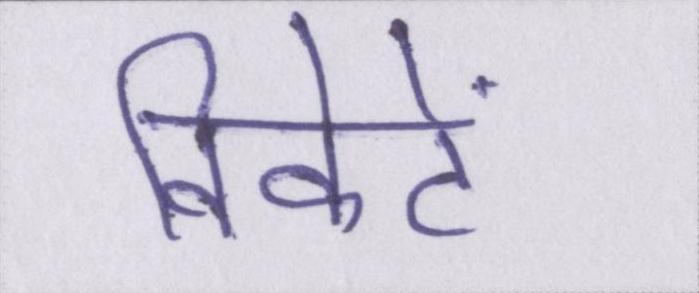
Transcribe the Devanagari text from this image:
विकेटें